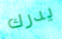
يدرك